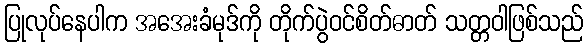
ပြုလုပ်နေပါက အအေးခံမုဒ်ကို တိုက်ပွဲဝင်စိတ်ဓာတ် သတ္တဝါဖြစ်သည်